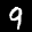
Label: 9